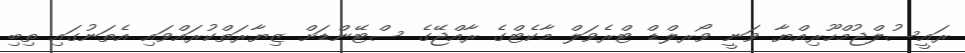
ރައީސުލްޖުމްހޫރިއްޔާ ވަނީ ވޯރލްޑް ޓްރެވަލް މާކެޓްގެ ރާއްޖޭގެ ސްޓޭންޑަށް ޒިޔާރަތްކުރައްވައި އެތަނުގައި ތިބި